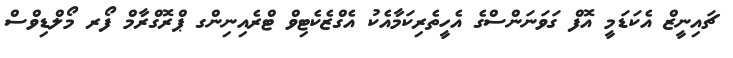
ޗައިނީޒް އެކަޑަމީ އޮފް ގަވަނަންސްގެ އެހީތެރިކަމާއެކު އެގްޒެކެޓިވް ޓްރެއިނިންގ ޕްރޮގްރާމް ފޯރ މޯލްޑިވްސް